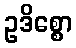
ဥဒိစ္စော